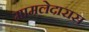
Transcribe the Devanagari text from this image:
मामलेदारास